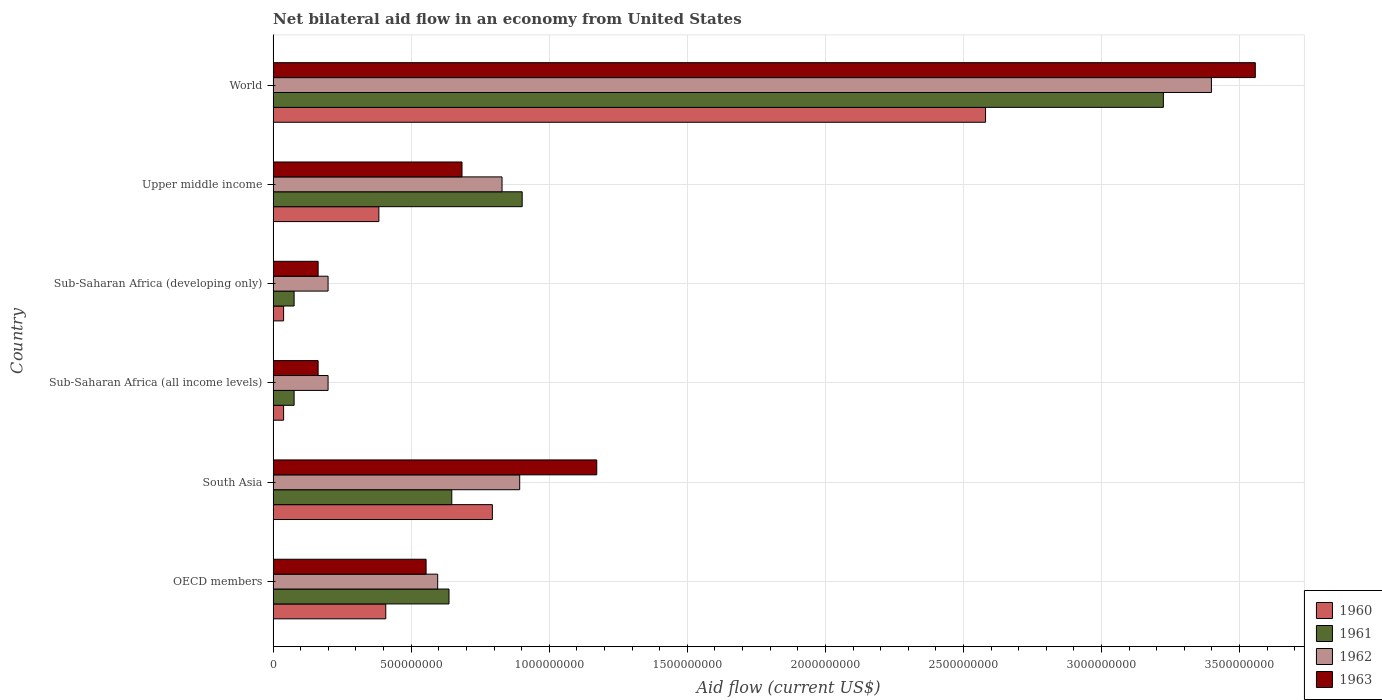
| Country | 1960 | 1961 | 1962 | 1963 |
 | --- | --- | --- | --- | --- |
 | OECD members | 4.08e+08 | 6.37e+08 | 5.96e+08 | 5.54e+08 |
 | South Asia | 7.94e+08 | 6.47e+08 | 8.93e+08 | 1.17e+09 |
 | Sub-Saharan Africa (all income levels) | 3.8e+07 | 7.6e+07 | 1.99e+08 | 1.63e+08 |
 | Sub-Saharan Africa (developing only) | 3.8e+07 | 7.6e+07 | 1.99e+08 | 1.63e+08 |
 | Upper middle income | 3.83e+08 | 9.02e+08 | 8.29e+08 | 6.84e+08 |
 | World | 2.58e+09 | 3.22e+09 | 3.4e+09 | 3.56e+09 |